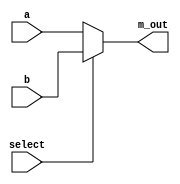
module mux_21(a,b,select,m_out);
input a,b,select;
output m_out;


assign m_out=(select)?b:a;

endmodule